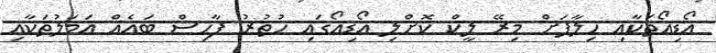
އޯޑިއޯތަކާއި ހިލާފަށް މިރޭ ލީކް ކޮށްލި އޯޑިއޯގައި ހުތުރު ފާހިސް ބައެއް އަމަލުތަކާއި